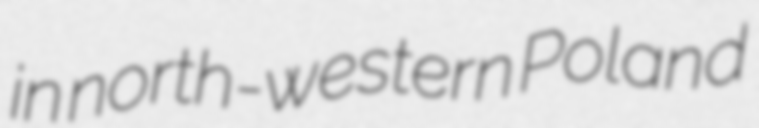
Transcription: in north-western Poland